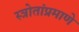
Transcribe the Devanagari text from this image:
स्त्रोतांप्रमाणे